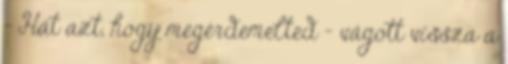
- Hát azt, hogy megérdemelted - vágott vissza a